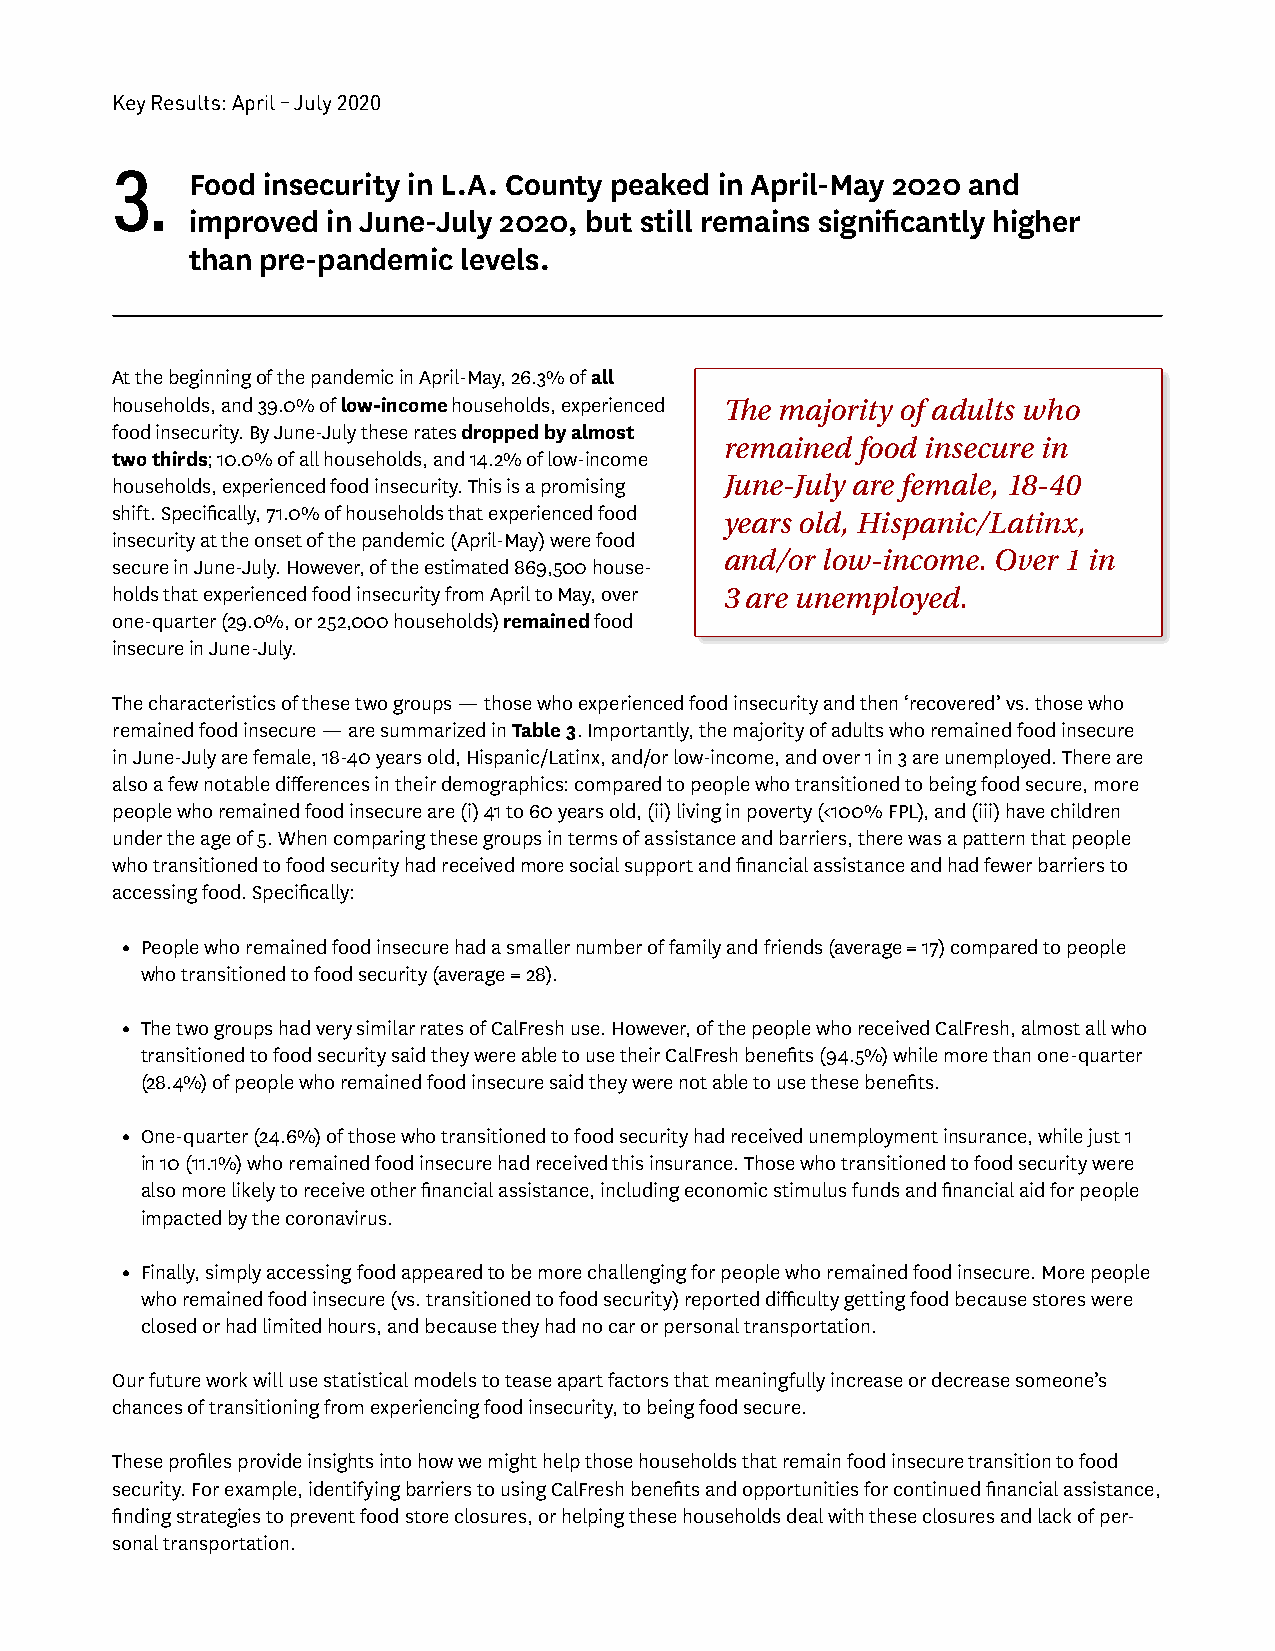
Key Results: April – July 2020
 3.   Food insecurity in L.A. County peaked in April-May 2020 and
 improved  in June-July 2020, but still remains significantly higher
 than pre-pandemic levels.
 At the beginning of the pandemic in April-May, 26.3% of all
 households, and 39.0% of low-income households, experienced The majority of adults who
 food insecurity. By June-July these rates dropped by almost
 remained food insecure in
 two thirds; 10.0% of all households, and 14.2% of low-income
 households, experienced food insecurity. This is a promising June-July are female, 18-40
 shift. Specifically, 71.0% of households that experienced food years old, Hispanic/Latinx,
 insecurity at the onset of the pandemic (April-May) were food
 and/or low-income. Over 1 in
 secure in June-July. However, of the estimated 869,500 house-
 holds that experienced food insecurity from April to May, over 3 are unemployed.
 one-quarter (29.0%, or 252,000 households) remained food
 insecure in June-July.
 The characteristics of these two groups — those who experienced food insecurity and then ‘recovered’ vs. those who
 remained food insecure — are summarized in Table 3. Importantly, the majority of adults who remained food insecure
 in June-July are female, 18-40 years old, Hispanic/Latinx, and/or low-income, and over 1 in 3 are unemployed. There are
 also a few notable differences in their demographics: compared to people who transitioned to being food secure, more
 people who remained food insecure are (i) 41 to 60 years old, (ii) living in poverty (<100% FPL), and (iii) have children
 under the age of 5. When comparing these groups in terms of assistance and barriers, there was a pattern that people
 who transitioned to food security had received more social support and financial assistance and had fewer barriers to
 accessing food. Specifically:
 • People who remained food insecure had a smaller number of family and friends (average = 17) compared to people
 who transitioned to food security (average = 28).
 • The two groups had very similar rates of CalFresh use. However, of the people who received CalFresh, almost all who
 transitioned to food security said they were able to use their CalFresh benefits (94.5%) while more than one-quarter
 (28.4%) of people who remained food insecure said they were not able to use these benefits.
 • One-quarter (24.6%) of those who transitioned to food security had received unemployment insurance, while just 1
 in 10 (11.1%) who remained food insecure had received this insurance. Those who transitioned to food security were
 also more likely to receive other financial assistance, including economic stimulus funds and financial aid for people
 impacted by the coronavirus.
 • Finally, simply accessing food appeared to be more challenging for people who remained food insecure. More people
 who remained food insecure (vs. transitioned to food security) reported difficulty getting food because stores were
 closed or had limited hours, and because they had no car or personal transportation.
 Our future work will use statistical models to tease apart factors that meaningfully increase or decrease someone’s
 chances of transitioning from experiencing food insecurity, to being food secure.
 These profiles provide insights into how we might help those households that remain food insecure transition to food
 security. For example, identifying barriers to using CalFresh benefits and opportunities for continued financial assistance,
 finding strategies to prevent food store closures, or helping these households deal with these closures and lack of per-
 sonal transportation.